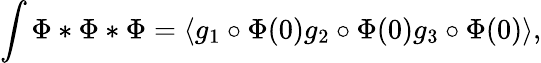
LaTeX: \int\Phi*\Phi*\Phi=\langle g_{1}\circ\Phi(0)g_{2}\circ\Phi(0)g_{3}\circ\Phi(0)\rangle,